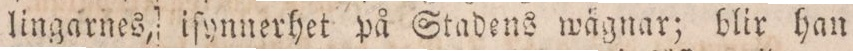
lingarnes, iſynnerhet på Stadens wägnar; blir han